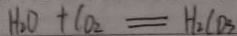
H _ { 2 } O + C O _ { 2 } = H _ { 2 } C O _ { 3 }